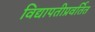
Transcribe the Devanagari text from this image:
विद्यापतीप्रवर्तित